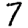
Digit: 7